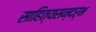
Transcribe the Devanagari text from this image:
साहित्यसन्दर्भ